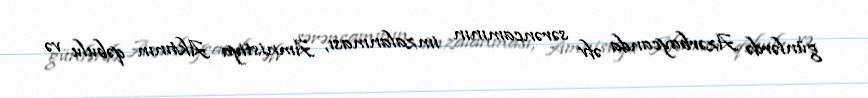
günlərdə Azərbaycanda əfv sərəncamının imzalanması, Amnistiya Aktının qəbulu və